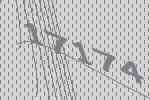
17174